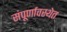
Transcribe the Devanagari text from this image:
संपूर्णावस्थेत